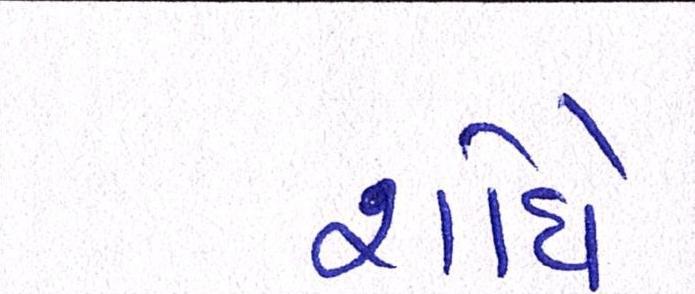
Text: શોધે